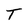
Character: T